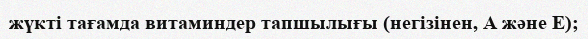
жүкті тағамда витаминдер тапшылығы (негізінен, А және Е);